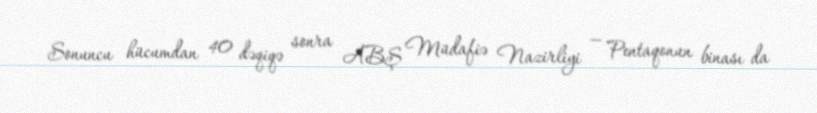
Sonuncu hücumdan 40 dəqiqə sonra ABŞ Müdafiə Nazirliyi — Pentaqonun binası da